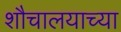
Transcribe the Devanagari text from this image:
शौचालयाच्या